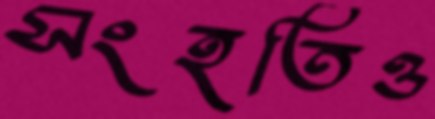
সংহতিও